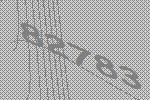
82783